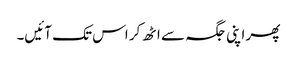
پھر اپنی جگہ سے اٹھ کر اس تک آئیں۔